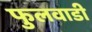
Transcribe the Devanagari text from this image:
फुलवाडी